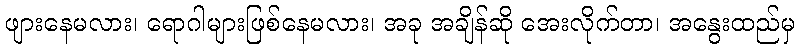
ဖျားနေမလား၊ ရောဂါများဖြစ်နေမလား၊ အခု အချိန်ဆို အေးလိုက်တာ၊ အနွေးထည်မှ